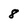
Character: 8